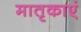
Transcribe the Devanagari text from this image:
मातृकाएं